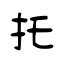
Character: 托